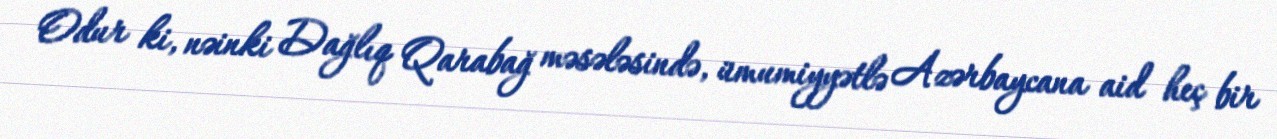
Odur ki, nəinki Dağlıq Qarabağ məsələsində, ümumiyyətlə Azərbaycana aid heç bir